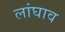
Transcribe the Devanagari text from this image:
लांघाव